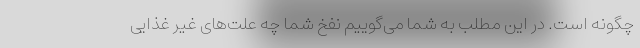
چگونه است. در این مطلب به شما می‌گوییم نفخ شما چه علت‌های غیر غذایی